system: You are a helpful assistant.
user:
Analyze the provided spectrum to determine if it is a **M-type Giant (gM)**.

A M-type Giant spectrum is defined by its **strong molecular absorption** features, particularly from **Titanium Oxide (TiO)**. You must check for one of the following mutually exclusive signatures:

- **Key Visual Indicators (Absorption-Dominated Spectrum):**

    - **(Primary):** The spectrum is dominated by strong molecular absorption from **Titanium Oxide (TiO)**. This is the **defining feature** of its M-type temperature class.
        - **(Key Bandheads):** Look for sharp, "saw-tooth" absorption valleys. The strongest are located near **~7050 Å**, **~6160 Å**, and **~5170 Å**.
        - **(Line Profile):** The "saw-tooth" morphology is critical: a **sharp, steep drop on the BLUE (short-wavelength) side** of the bandhead, followed by a gradual recovery (rising flux) towards the RED (long-wavelength) side.

    - **(Key Confirmation - Giant vs. Dwarf):** **ABSENCE** of strong **Calcium Hydride (CaH)** molecular bands. This is the primary diagnostic for *excluding* M-dwarfs.
        - **(Key Region):** The spectrum should lack the strong, broad absorption band seen in dwarfs between **~6800 Å and ~7000 Å**.

    - **(Secondary Confirmation - Giant):** A very strong and broad **Neutral Calcium (Ca I)** atomic absorption line.
        - **(Key Line):** Located at **~4226 Å**. In a giant (gM), this line is significantly deeper and broader than the same line in an M-dwarf (dM) due to low surface gravity.

    - **(Overall Spectrum):**
        - The continuum is **extremely red-sloping** (i.e., flux is very low in the blue and rises dramatically towards the red).
        - The entire spectrum appears "chopped up" by the deep TiO bands.

Think first, call **spectral_visualization_tool** if needed to examine features in detail, then provide your final answer. Your response must adhere to the following strict rules:
1.  **Overall Structure:** Your response must follow the format `<think>...</think> <tool_call>...</tool_call> (if a tool is used) <answer>...</answer>`.
2.  **Tool Usage Constraint:** You may only make **one** tool call per turn.
3.  **Final Answer Format:** In the `<answer>` tag, your conclusion must be inside a `\boxed{}` command (e.g., `\boxed{YES}` or `\boxed{NO}`), followed by your justification.

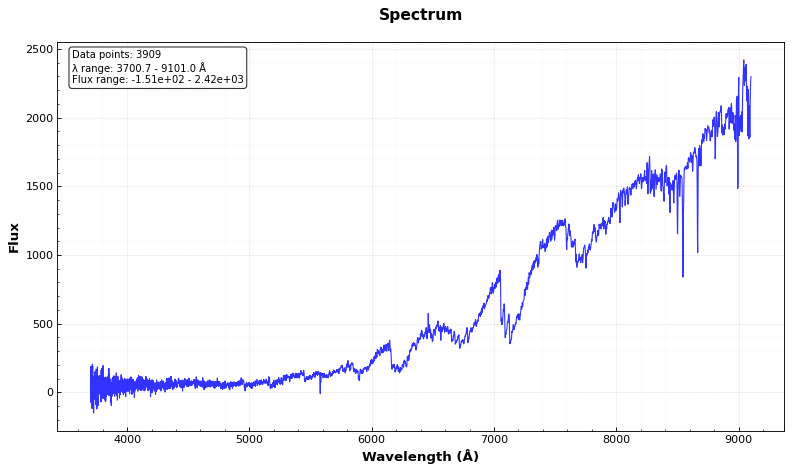
Answer: YES